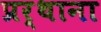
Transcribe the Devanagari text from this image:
प्रर्थाना